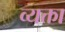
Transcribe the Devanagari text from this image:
व्यक्ता